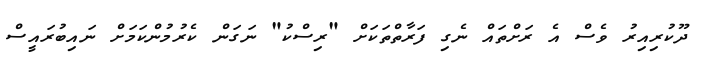
ދޫކުރިއިރު ވެސް އެ ރަށްތައް ނެގި ފަރާތްތަކަށް "ރިސްކު" ނަގަން ކެރުމުންކަމަށް ނައިބުރައީސް